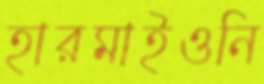
হারমাইওনি